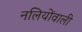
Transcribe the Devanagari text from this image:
नलियोंवाली